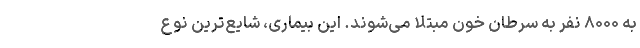
به ۸۰۰۰ نفر به سرطان خون مبتلا می‌شوند. این بیماری، شایع‌ترین نوع